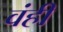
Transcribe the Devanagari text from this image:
वंही